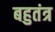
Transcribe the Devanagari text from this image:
बहुतंत्र